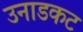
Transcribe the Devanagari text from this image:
उनाडकट